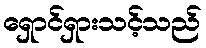
ရှောင်ရှားသင့်သည်